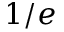
1 / e